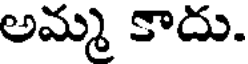
అమ్మ కాదు.